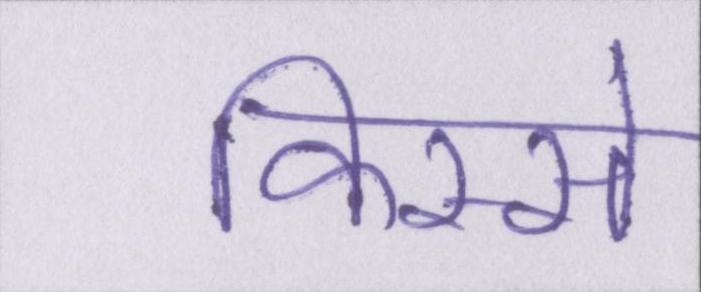
किस्से